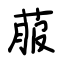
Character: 菔